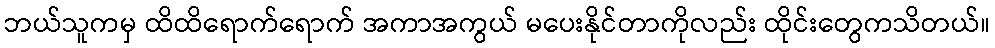
ဘယ်သူကမှ ထိထိရောက်ရောက် အကာအကွယ် မပေးနိုင်တာကိုလည်း ထိုင်းတွေကသိတယ်။